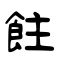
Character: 飳